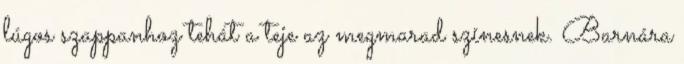
lúgos szappanhoz tehát a teje az megmarad színesnek. Barnára